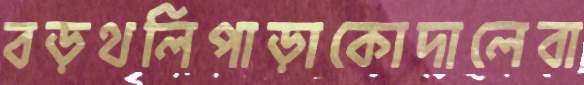
বড়থলিপাড়াকোদালেবা